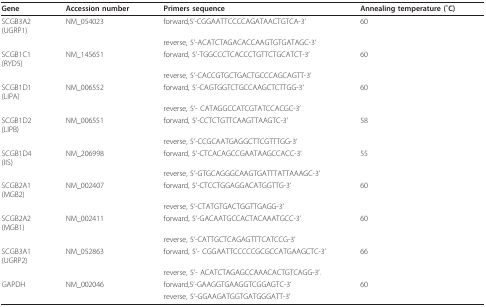
| Gene | Accession number | Primers sequence | Annealing temperature ( ̊C) |
 | --- | --- | --- | --- |
 | SCGB3A2(UGRP1) | NM_054023 | forward,5'-CGGAATTCCCCAGATAACTGTCA-3' | 60 |
 |  |  | reverse, 5'-ACATCTAGACACCAAGTGTGATAGC-3' |  |
 | SCGB1C1(RYD5) | NM_145651 | forward, 5'-TGGCCCTCACCCTGTTCTGCATCT-3' | 60 |
 |  |  | reverse, 5'-CACCGTGCTGACTGCCCAGCAGTT-3' |  |
 | SCGB1D1(LIPA) | NM_006552 | forward, 5'-CAGTGGTCTGCCAAGCTCTTGG-3' | 60 |
 |  |  | reverse, 5'- CATAGGCCATCGTATCCACGC-3' |  |
 | SCGB1D2(LIPB) | NM_006551 | forward, 5'-CCTCTGTTCAAGTTAAGTC-3' | 58 |
 |  |  | reverse, 5'-CCGCAATGAGGCTTCGTTTGG-3' |  |
 | SCGB1D4(IIS) | NM_206998 | forward, 5'-CTCACAGCCGAATAAGCCACC-3' | 55 |
 |  |  | reverse, 5'-GTGCAGGGCAAGTGATTTATTAAAGC-3' |  |
 | SCGB2A1(MGB2) | NM_002407 | forward, 5'-CTCCTGGAGGACATGGTTG-3' | 60 |
 |  |  | reverse, 5'-CTATGTGACTGGTTGAGG-3' |  |
 | SCGB2A2(MGB1) | NM_002411 | forward, 5'-GACAATGCCACTACAAATGCC-3' | 60 |
 |  |  | reverse, 5'-CATTGCTCAGAGTTTCATCCG-3' |  |
 | SCGB3A1(UGRP2) | NM_052863 | forward, 5'- CGGAATTCCCCCGCGCCATGAAGCTC-3' | 66 |
 |  |  | reverse, 5'- ACATCTAGAGCCAAACACTGTCAGG-3'. |  |
 | GAPDH | NM_002046 | forward,5'-GAAGGTGAAGGTCGGAGTC-3' | 60 |
 |  |  | reverse, 5'-GGAAGATGGTGATGGGATT-3' |  |